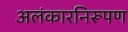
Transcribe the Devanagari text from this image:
अलंकारनिरूपण